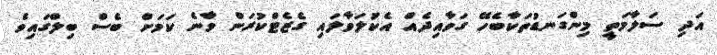
އަދި ސަލާމަތީ މިންގަނޑުތަކާބެހޭ ގަވާއިދެއް އެކުަލަވާލައި ގެޒެޓްކުރަން ވާނެ ކަމަށް ބެސް ބިލްގައިވެ